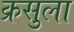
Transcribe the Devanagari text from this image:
क्रसुला